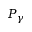
P _ { \gamma }